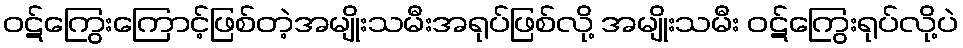
ဝဋ်ကြွေးကြောင့်ဖြစ်တဲ့အမျိုးသမီးအရုပ်ဖြစ်လို့ အမျိုးသမီး ဝဋ်ကြွေးရုပ်လို့ပဲ